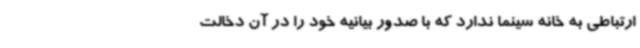
ارتباطی به خانه سینما ندارد که با صدور بیانیه خود را در آن دخالت